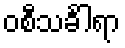
ဝစီသင်္ခါရာ